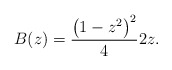
\begin{gather*} B(z)=\frac{\big( 1-z^{2}\big) ^{2}}{4}2z.\end{gather*}